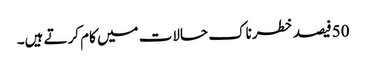
50فیصد خطرناک حالات میں کام کرتے ہیں۔